Calcutta medical institutions reports 1871-78
Year: 1871
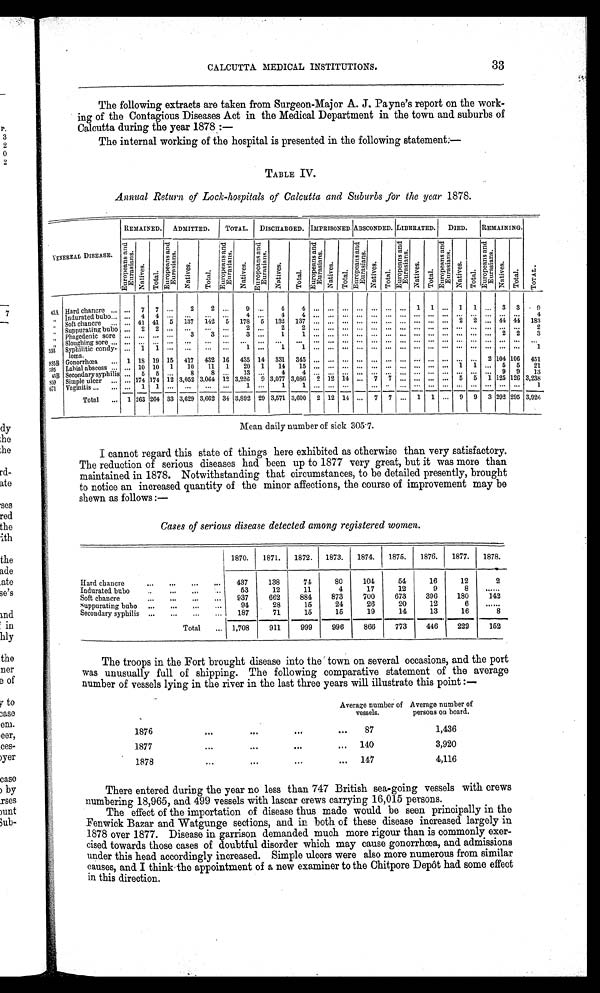
CALCUTTA MEDICAL INSTITUTIONS.
33
The following extracts are taken from Surgeon-Major A. J. Payne's report on the work
-
ing of the Contagious Diseases Act in the Medical Department in the town and suburbs of
Calcutta during the year 1878:
—
The internal working of the hospital is presented in the following statement:—
TABLE IV.
Annual Return of Lock-hospitals of Calcutta and Suburbs for the year 1878.
REMAINED. ADMITTED. TOTAL. DISCHARGED. IMPRISONED. ABSCONDED. LIBERATED. DIED.
REMAINING.
VENEREAL DISEASE.
E u r o p e a n s a n d E u . r a s i a n s
Na t i v e s . Tot al .
E u r o p e a n s a n d E u r a s i a n s .
Na t i ve s .
Tot al .
E u r o p e a n s a n d E u . r a s i a n s
N a t i v e s .
E u r o p e a n s a n d E u . r a s i a n s
Nat i ves.
Tot a l .
E u r o p e a n s a n d E u . r a s i a n s
Na t i ve s .
Tot a l .
E u r o p e a n s a n d E u . r a s i a n s
Na t i ve s . To t a l .
E u r o p e a n s a n d E u . r a s i a n s
Na t i ve s .
Tot al .
E u r o p e a n s a n d E u . r a s i a n s
N a t i v e s .
Tot al .
E u r o p e a n s a n d E u . r a s i a n s
Na t i ve s .
Tot al . TOTAL.
43A Hard chancre
. . . 7 7
. . .
2
2 ...
9 ...
4
4 ... ... ... ... ...
. . . ... 1 1 ... 1 1 ... 3 3
9
„ Indurated bubo. ... 4 4 . . .
. . . .
. . . ...
4
. . .
4
4
. . .
. . . .
. . . . . . ... ... ...
. . .
. . . ... ...
. . . ... ... ...
4
„ soft chancre
... 41 41
5 137
1 4 2
5
178 5 132 137 ... ... ...
. . . ...
. . . ... ... ... ... 2 2 ... 44 44 183
„
Suppurating bubo ... 2 2 ... ...
...
...
2 ...
2
2
. . . . . .
. . .
. . .
. . . . . .
...
. . .
. . .
...
. . .
. . .
. . .
. . .
. . .
2
,, Phagedenic sore ...
. . .
. . . ...
3
3 ...
3 ...
1
1
. . . . . .
. . .
. . .
. . . . . .
...
. . .
. . .
...
. . .
. . .
. . .
2
2
3
„
Sloughing sore
. . .
. . .
. . . . . .
. . .
. . .
...
. . .
. . .
. . .
. . .
. . . . . .
. . .
. . .
. . . . . .
...
. . .
. . .
...
. . .
. . .
. . .
. . .
. . .
. . .
593 Syphilitic condy-
loma.
...
1 1
. . . ...
... ...
1 ...
1
1
. . . . . .
. . .
. . .
. . . . . .
...
. . .
. . .
...
. . .
. . .
. . .
. . .
. . .
1
585B Gonorrhœa
1 18 19 15 417 432 16 435 14 331 345 ... ... ... ... ... ... ... ... ... ...
. . . . . . 2 104 106 451
595 Labial abscess
... 10 10 1
10
11 1
20 1
14
15 ... ... ... ... ... ... ... ... ... ... 1 1 ... 5 5
21
43B Secondary syphilis ... 5 5 ...
8
8 ...
13 ...
4
4
. . . . . .
. . .
. . .
. . . . . .
...
. . .
. . .
...
. . .
. . .
. . .
9
9
1 3
859 Simple ulcer
... 174 174 12 3,052 3,064 12 3,226 9 3,077
3 , 0 8 6 2
1 2 14 ... 7 7 ... ... ... ... 5
5
1 125 126 3,238
6 7 1 Vaginitis
... 1 1 ...
. . .
. . . ...
1 ...
1
1
. . . . . .
. . .
. . . ...
. . . ...
. . . ... ...
. . .
. . .
. . . ... ...
1
Total
1 263 264 33 3,629 3,662 34 3,892 29 3,571 3,600 2 12 14 ... 7 7 ... 1 1 ... 9 9 3 292 295 3,926
Mean daily number of sick 305.7.
I cannot regard this state of things here exhibited as otherwise than very satisfactory.
The reduction of serious diseases had been up to 1877 very great, but it was more than
maintained in 1878. Notwithstanding that circumstances, to be detailed presently, brought
to notice an increased quantity of the minor affections, the course of improvement may be
shewn as follows:—
Cases of serious disease detected among registered women.
1870.
1871.
1872.
1873.
1874.
1875.
1876.
1877.
1878.
Hard chancre
437
138
74
80
104
54
16
12
2
Indurated bubo
53
12
11
4
17
12
9
8
. . . . . .
Soft chancre
937
662
884
873
700
673
396
180
142
suppurating bubo
94
28
15
24
26
20
12
6
. . . . . .
Secondary syphilis
187
71
15
15
19
14
13
16
8
Total
1,708
911
999 996
866
773
446
222
152
The troops in the Fort brought disease into the town on several occasions, and the port
was unusually full of shipping. The following comparative statement of the average
number of vessels lying in the river in the last three years will illustrate this point:—
Average number of
vessels.
Average number of
persons on board.
1876
87
1,436
1877
140
3,920
1878
147
4,116
There entered during the year no less than 747 British sea-going vessels with crews
numbering 18,965, and 499 vessels with lascar crews carrying 16,015 persons.
The effect of the importation of disease thus made would be seen principally in the
Fenwick Bazar and Watgunge sections, and in both of these disease increased largely in
1878 over 1877. Disease in garrison demanded much more rigour than is commonly exer
-cised towards those cases of doubtful disorder which may cause gonorrhœa, and admissions
under this head accordingly increased. Simple ulcers were also more numerous from similar
causes, and I think the appointment of a new examiner to the Chitpore Depot had some effect
in this direction.